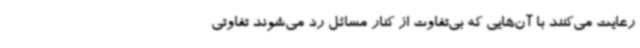
رعایت می‌کنند با آن‌هایی که بی‌تفاوت از کنار مسائل رد می‌شوند تفاوتی